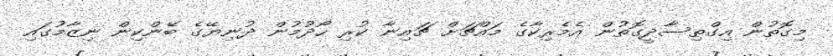
މިގޮތުން އިގްތިސާދީގޮތުން އެމެރިކާގެ މައްޗަށް ޗައިނާ ކުރި ހޯދުމުން ދުނިޔޭގެ ބޭންކިން ނިޒާމުގައި